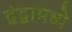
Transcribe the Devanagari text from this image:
द्वंद्वामध्ये